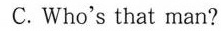
C. Who's that man?